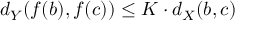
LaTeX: d _ { Y } ( f ( b ) , f ( c ) ) \leq K \cdot d _ { X } ( b , c )